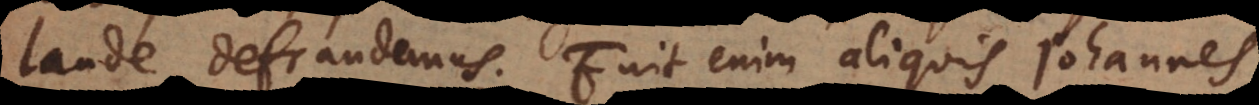
laude defraudemus. Fuit enim aliquis Johannes